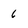
Character: 6